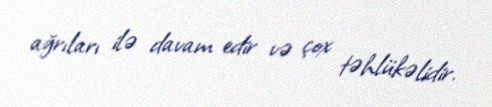
ağrıları ilə davam edir və çox təhlükəlidir.